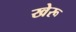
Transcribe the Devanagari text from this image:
खेरू